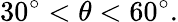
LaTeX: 30^{\circ}<\theta<60^{\circ}.